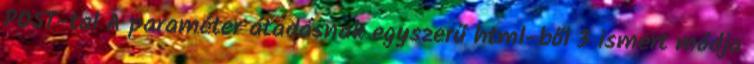
POST-tal A paraméter átadásnak egyszerű html-ből 3 ismert módja